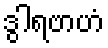
ဒွါရဗာဟံ